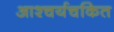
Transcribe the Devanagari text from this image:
आश्‍चर्यचकित